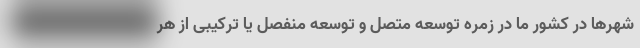
شهرها در کشور ما در زمره توسعه متصل و توسعه منفصل یا ترکیبی از هر